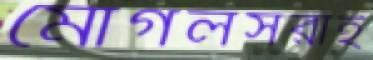
মোগলসরাই